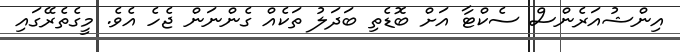
އިންޝުއަރެންސް ސެކްޓާ އަށް ބޮޑެތި ބަދަލު ތަކެއް ގެންނަން ޖެހެ އެވެ. މީގެތެރޭގައި